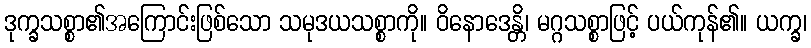
ဒုက္ခသစ္စာ၏အကြောင်းဖြစ်သော သမုဒယသစ္စာကို။ ဝိနောဒေန္တိ၊ မဂ္ဂသစ္စာဖြင့် ပယ်ကုန်၏။ ယက္ခ၊